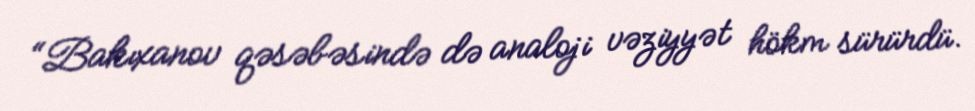
“Bakıxanov qəsəbəsində də analoji vəziyyət hökm sürürdü.